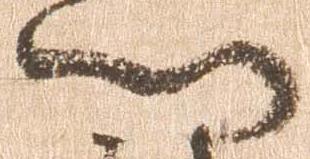
門